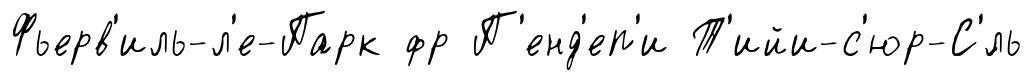
Фьерв'иль-л'е-Парк фр П'енд'еп'и Т'ийи-с'юр-С'́ль